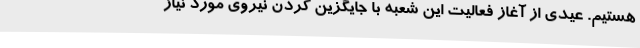
هستیم. عیدی از آغاز فعالیت این شعبه با جایگزین کردن نیروی مورد نیاز